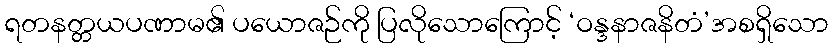
ရတနတ္တယပဏာမ၏ ပယောဇဉ်ကို ပြလိုသောကြောင့် ‘ဝန္ဒနာဇနိတံ’အစရှိသော